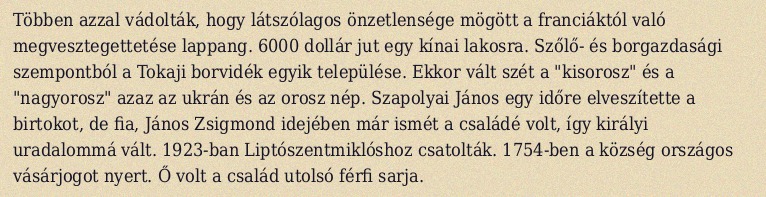
Többen azzal vádolták, hogy látszólagos önzetlensége mögött a franciáktól való megvesztegettetése lappang. 6000 dollár jut egy kínai lakosra. Szőlő- és borgazdasági szempontból a Tokaji borvidék egyik települése. Ekkor vált szét a "kisorosz" és a "nagyorosz" azaz az ukrán és az orosz nép. Szapolyai János egy időre elveszítette a birtokot, de fia, János Zsigmond idejében már ismét a családé volt, így királyi uradalommá vált. 1923-ban Liptószentmiklóshoz csatolták. 1754-ben a község országos vásárjogot nyert. Ő volt a család utolsó férfi sarja.